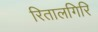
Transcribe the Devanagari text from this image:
रितालगिरि